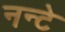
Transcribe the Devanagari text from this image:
नन्टे